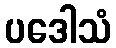
ပဒေါသံ